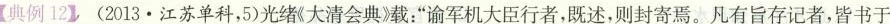
【典例12】(2013.江苏单科，5光绪《大清会典》载：”谕军机大臣行者，既述，则封寄焉。凡有旨存记者，皆书于